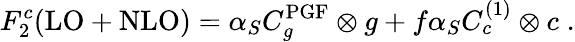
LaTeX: F_{2}^{c}(\mathrm{LO}+\mathrm{NLO})=\alpha_{S}C_{g}^{\mathrm{PGF}}\otimes g+f\alpha_{S}C_{c}^{(1)}\otimes c\; .